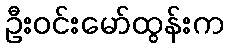
ဦးဝင်းမော်ထွန်းက